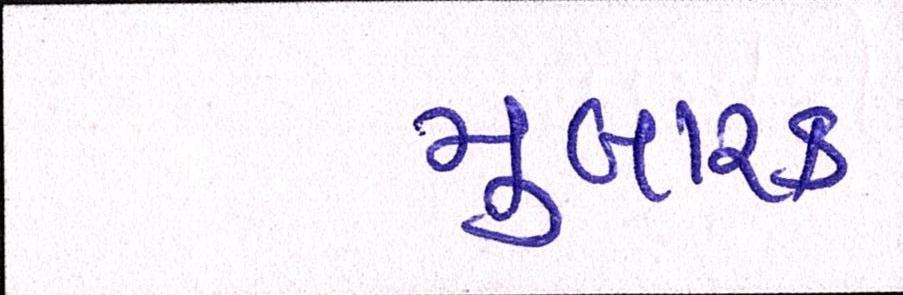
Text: મુબારક